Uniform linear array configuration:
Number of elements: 24
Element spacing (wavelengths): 0.75
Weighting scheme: hann
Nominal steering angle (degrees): -60
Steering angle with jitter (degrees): -59.388
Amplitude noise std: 0.05
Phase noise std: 0.05

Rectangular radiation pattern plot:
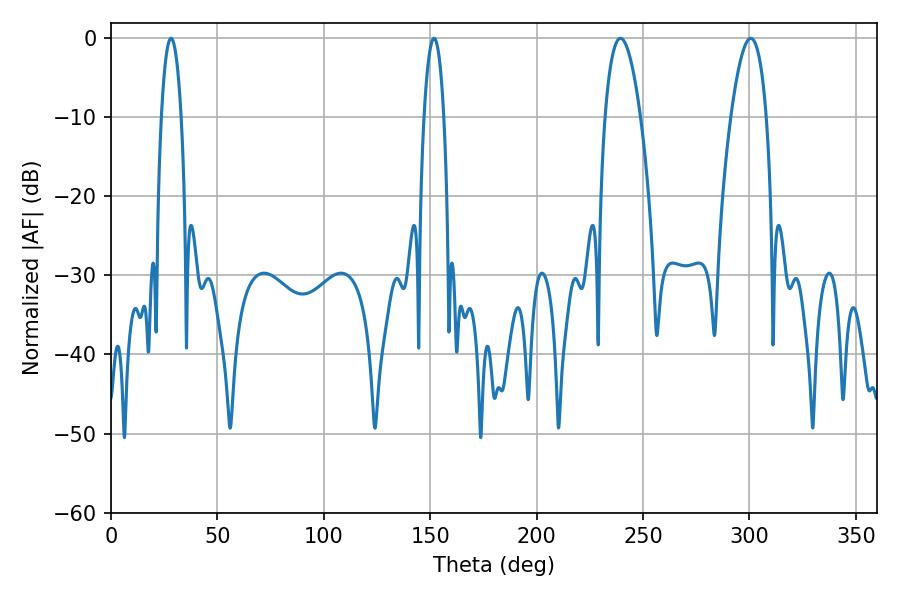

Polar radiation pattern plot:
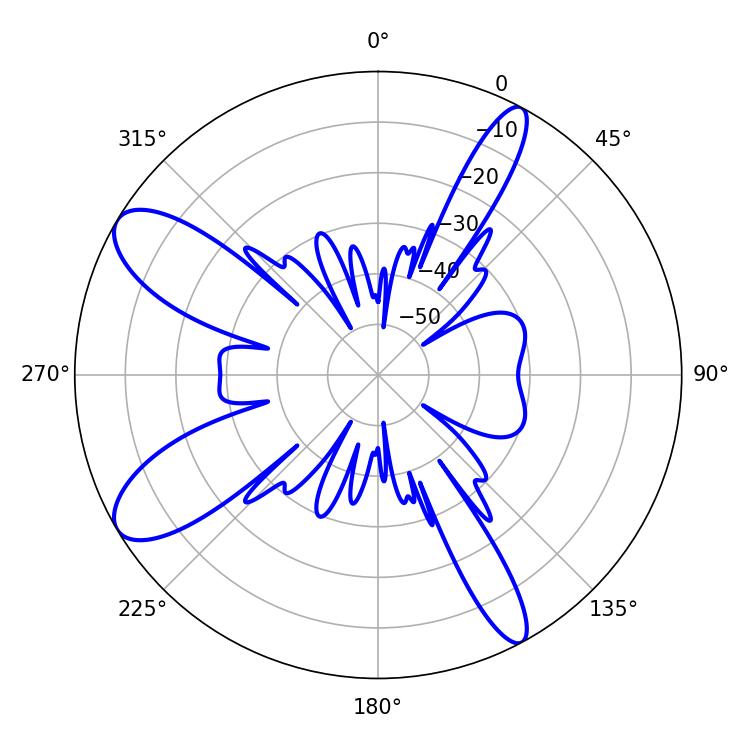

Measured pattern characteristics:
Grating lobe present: TRUE
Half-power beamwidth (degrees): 9.18
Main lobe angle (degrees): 239.4